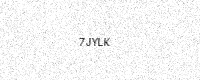
Text: 7JYLK